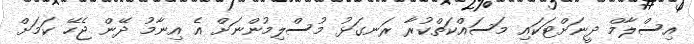
އިސްލާމް ދީނަށްޓަކައި މަސައްކަތްކުރާ ރަނގަޅު މުސްލިމުންނަށް އެ އިނާމު ދޭން ޖެހޭ ކަމަށް